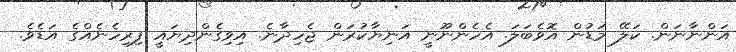
އަންނާނަން. ކަލޭ މަޑުން އޮވެބަލަ. އެހެންނޫނީ އަނިޔާކުރަން ޖެހިދާނެ. އިވިގެންދިޔައީ ފިރިހެނެއްގެ އަޑެވެ.